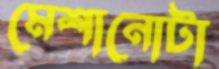
মেশানোটা